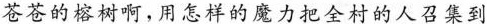
苍苍的榕树啊，用怎样的魔力把全村的人召集到